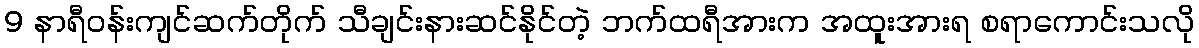
9 နာရီဝန်းကျင်ဆက်တိုက် သီချင်းနားဆင်နိုင်တဲ့ ဘက်ထရီအားက အထူးအားရ စရာကောင်းသလို